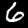
Label: 6